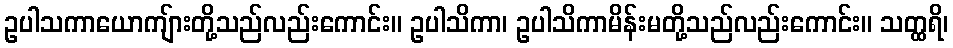
ဥပါသကာယောကျ်ားတို့သည်လည်းကောင်း။ ဥပါသိကာ၊ ဥပါသိကာမိန်းမတို့သည်လည်းကောင်း။ သတ္ထရိ၊